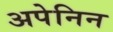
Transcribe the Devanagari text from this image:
अपेनिन